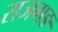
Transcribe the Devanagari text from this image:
राजगङ